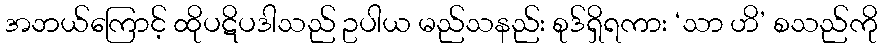
အဘယ်ကြောင့် ထိုပဋိပဒါသည် ဥပါယ မည်သနည်း စုဒ်ရှိရကား ‘သာ ဟိ’ စသည်ကို